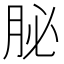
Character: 䏟